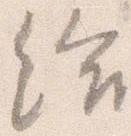
給